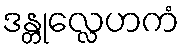
ဒန္တုလ္လေဟကံ